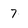
Character: 7